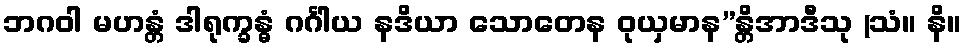
ဘဂဝါ မဟန္တံ ဒါရုက္ခန္ဓံ ဂင်္ဂါယ နဒိယာ သောတေန ဝုယှမာန”န္တိအာဒီသု (သံ။ နိ။